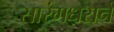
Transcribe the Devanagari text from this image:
सारंगधराने